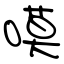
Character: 嗼